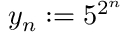
y _ { n } : = 5 ^ { 2 ^ { n } }